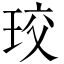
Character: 珓